Reports on dispensaries and lunatic asylums in the Province of Oudh - 1869-1876
Year: 1869
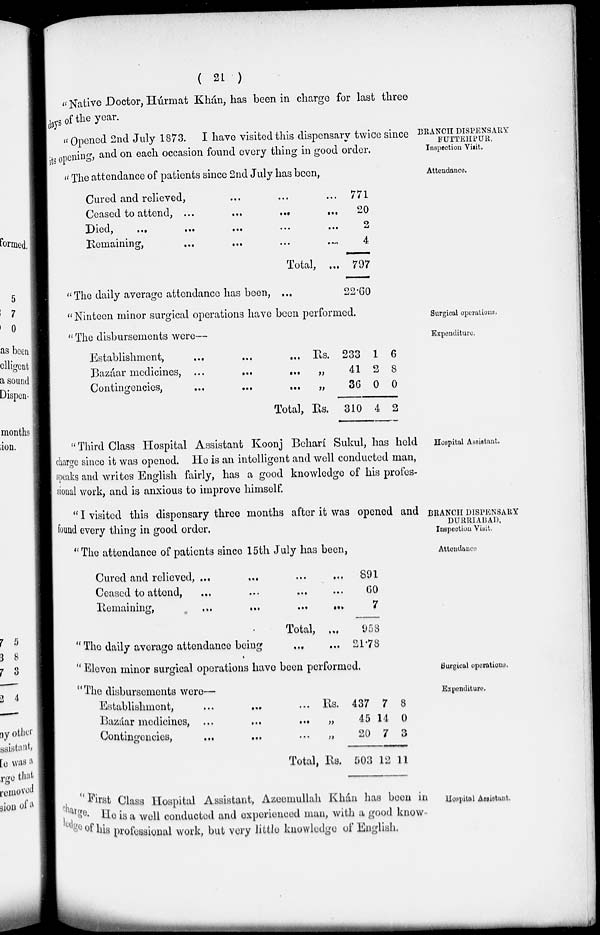
( 21 )
"Native Doctor, Húrm at Khán, has been in charge for last three
days of the year.
BRANCH DISPENSARY
FUTTEHPUR.
Inspection Visit.
" Opened 2nd July 1873. I have visited this dispensary twice since
its opening, and on each occasion found every thing in good order.
Attendance.
" The attendance of patients since 2nd July has been,
Cured and relieved, ... ... ...
Ceased to attend, ...
...
...
...
Died,
...
...
...
...
...
Remaining, ... ... ... ...
Total, ...
771
20
2
4
797
" The daily average attendance has been, ...
22.60
Surgical operations.
"Ninteen minor surgical operations have been performed.
Expenditure.
" The disbursements were—
Establishment, ... ... ...
Bazáar medicines, ...
...
...
Contingencies,
...
...
...
Total,
Rs.
„
„
Rs.
233
41
36
310
1
2
0
4
6
8
0
2
Hospital Assistant.
" Third Class Hospital Assistant Koonj Beharí Sukul, has held
charge since it was opened. He is an intelligent and well conducted man,
speaks and writes English fairly, has a good knowledge of his profes-
sional work, and is anxious to improve himself.
BRANCH DISPENSARY
DURRIABAD.
Inspection Visit.
" I visited this dispensary three months after it was opened and
found every thing in good order.
Attendance
"The attendance of patients since 15th July has been,
Cured and relieved, ... ... ...
Ceased to attend,
...
...
...
Remaining,
...
...
...
...
Total, ...
891
60
7
958
" The daily average attendance being
...
21.78
Surgical operations.
" Eleven minor surgical operations have been performed.
Expenditure.
" The disbursements were—
Establishment, ... ...
...
Bazaar medicines, ... ... ...
Contingencies, ... ... ...
Total,
Rs.
„
„
Rs.
437
45
20
503
7
14
7
12
8
0
3
11
Hospital Assistant.
"First Class Hospital Assistant, Azeemullah Khán has been in
charge. He is a well conducted and experienced man, with a good know
ledge of his professional work, but very little knowledge of English.